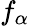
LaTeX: f_{\alpha}